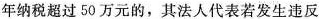
年纳税超过50万元的，其法人代表若发生违反